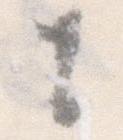
に